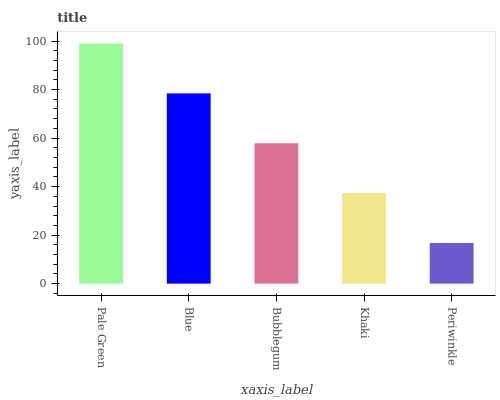
| xaxis_label | bars |
 | --- | --- |
 | Pale Green | 99 |
 | Blue | 78.4 |
 | Bubblegum | 57.9 |
 | Khaki | 37.3 |
 | Periwinkle | 16.7 |